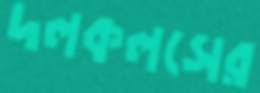
দলকলসের